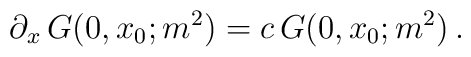
\partial_x\,G(0,x_0;m^2)=c\,G(0,x_0;m^2)\, .